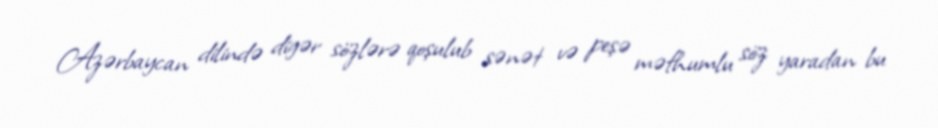
Azərbaycan dilində digər sözlərə qoşulub sənət və peşə məfhumlu söz yaradan bu